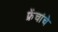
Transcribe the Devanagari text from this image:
फ्रेंचांचे